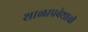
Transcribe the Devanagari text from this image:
शाळाप्रवेशाची